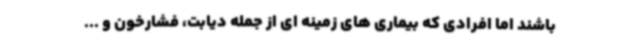
باشند اما افرادی که بیماری های زمینه ای از جمله دیابت، فشارخون و ...